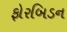
ફોરબિડન